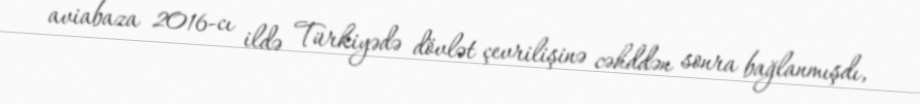
aviabaza 2016-cı ildə Türkiyədə dövlət çevrilişinə cəhddən sonra bağlanmışdı,